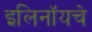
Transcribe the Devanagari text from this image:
इलिनॉयचे